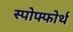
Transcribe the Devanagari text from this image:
स्पोफ्फोर्थ